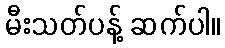
မီးသတ်ပန့် ဆက်ပါ။